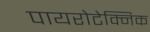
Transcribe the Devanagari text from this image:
पायरोटेक्निक